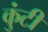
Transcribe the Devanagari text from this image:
कुंटी